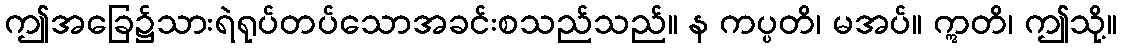
ဤအခြေ၌သားရဲရုပ်တပ်သောအခင်းစသည်သည်။ န ကပ္ပတိ၊ မအပ်။ ဣတိ၊ ဤသို့။